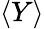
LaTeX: \langle Y\rangle